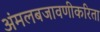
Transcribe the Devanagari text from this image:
अंमलबजावणीकरिता